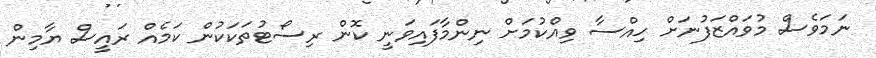
ނަމަވެސް މުވައްޒަފުނަށް ހިއްސާ ވިއްކުމަށް ނިންމާފައިވަނީ ކޮން ރިސޯޓުތަކަކުން ކަމެއް ރައީސް ޔާމިން